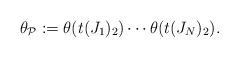
LaTeX: \begin{align*}\theta_{\mathcal{P}}:=\theta(t(J_1)_2)\cdots\theta (t(J_N)_2).\end{align*}